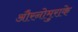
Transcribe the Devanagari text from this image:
औरनोमुराके